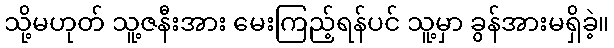
သို့မဟုတ် သူ့ဇနီးအား မေးကြည့်ရန်ပင် သူ့မှာ ခွန်အားမရှိခဲ့။